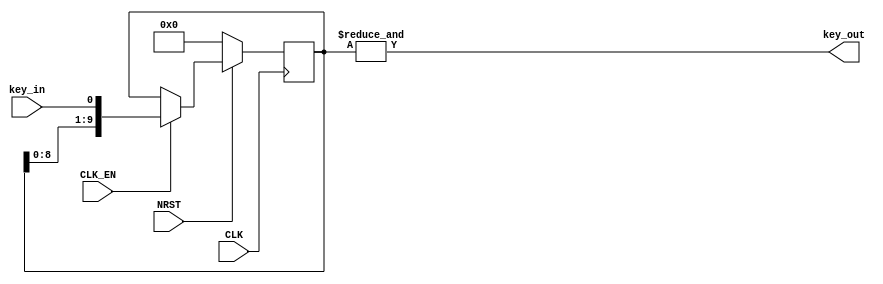
module debouncer (
    input CLK,
    input NRST,
    input CLK_EN,
    input key_in,
    
    output key_out
);

reg [9:0] data_out = 10'd0;

always @ (posedge CLK) begin
    if (!NRST)
        data_out <= 10'd0;
    else if (CLK_EN)
        data_out <= {data_out[8:0], key_in}; // shift register action
end

assign key_out = (&data_out[9:0]); // 60Hz from CLK_EN to activate all 10 bits of data_out register upon button press

endmodule